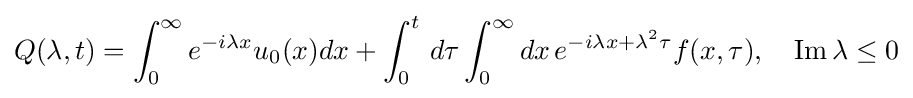
Q(\lambda ,t)=\int _{0}^{\infty }e^{-i\lambda x}u_{0}(x)dx+\int _{0}^{t}\,d\tau \int _{0}^{\infty }dx\,e^{-i\lambda x+\lambda ^{2}\tau }f(x,\tau ),\quad \operatorname {Im} \lambda \leq 0